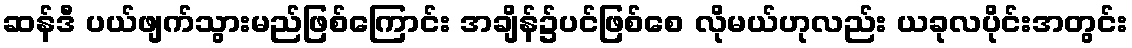
ဆန်ဒီ ပယ်ဖျက်သွားမည်ဖြစ်ကြောင်း အချိန်၌ပင်ဖြစ်စေ လိုမယ်ဟုလည်း ယခုလပိုင်းအတွင်း